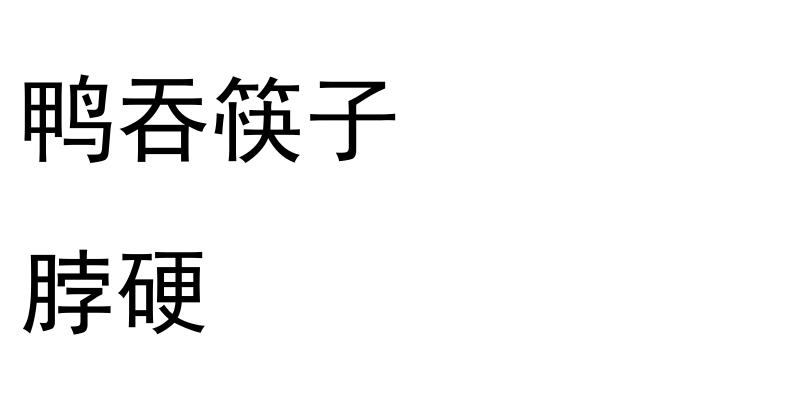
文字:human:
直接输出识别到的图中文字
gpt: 鸭吞筷子 脖硬